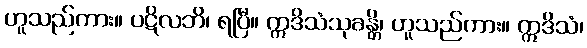
ဟူသည်ကား။ ပဋိလဘိ၊ ရပြီ။ ဣဒိသံသုခန္တိ၊ ဟူသည်ကား။ ဣဒိသံ၊